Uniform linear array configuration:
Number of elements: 8
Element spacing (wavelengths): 0.5
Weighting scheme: hann
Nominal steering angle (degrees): -45
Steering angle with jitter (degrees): -43.578
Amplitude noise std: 0.05
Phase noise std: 0.05

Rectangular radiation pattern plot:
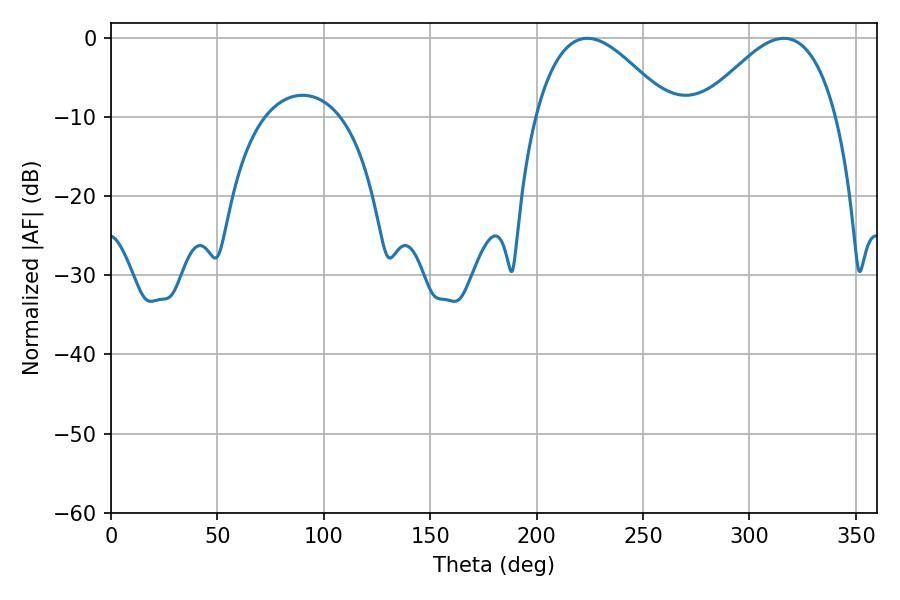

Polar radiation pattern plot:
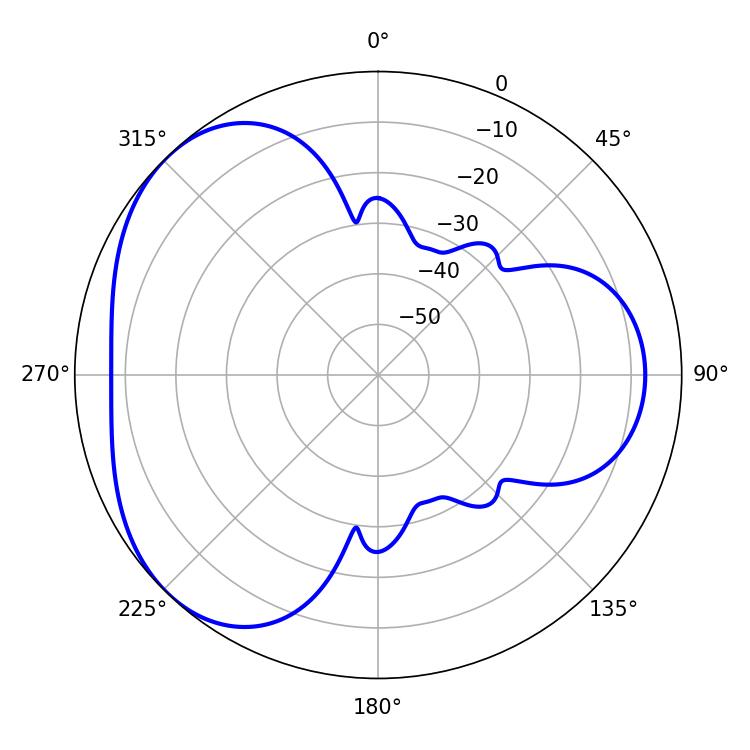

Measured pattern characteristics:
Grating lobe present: FALSE
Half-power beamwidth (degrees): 34.56
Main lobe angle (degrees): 223.74